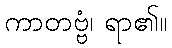
ကာတဗ္ဗံ၊ ရာ၏။